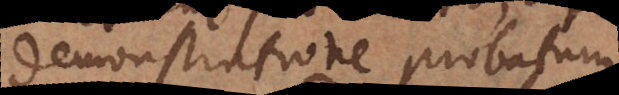
demonstratione probatum;